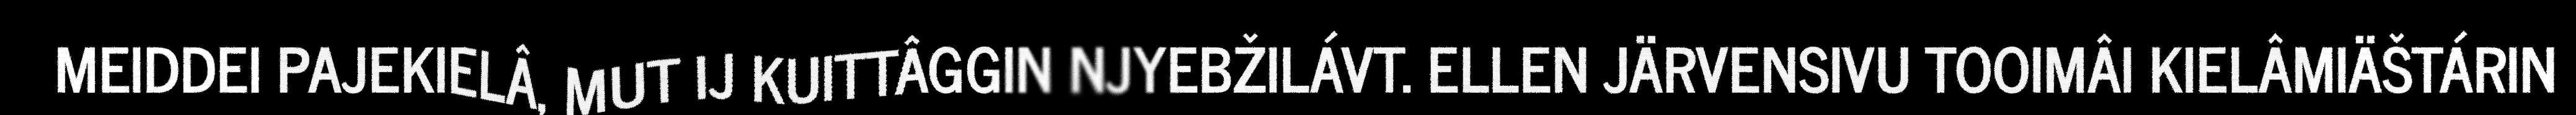
MEIDDEI PAJEKIELÂ, MUT IJ KUITTÂGGIN NJYEBŽILÁVT. ELLEN JÄRVENSIVU TOOIMÂI KIELÂMIÄŠTÁRIN